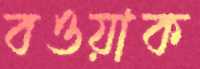
বওয়াক